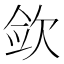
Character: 𰙎